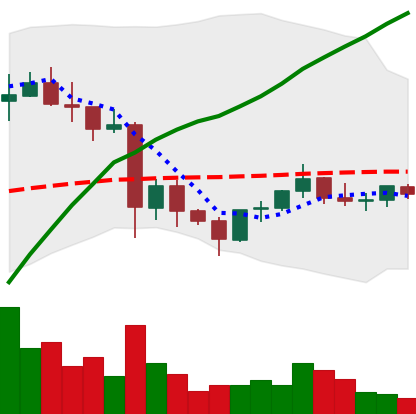
Ticker: EOS-USD
Chart end date: 2021-06-01
Forward return: -7.097%
Label: down_7plus